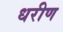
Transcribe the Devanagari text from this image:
धरीण